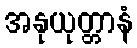
အနုယုတ္တာနံ